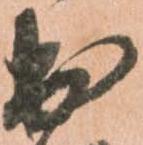
出